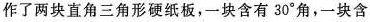
作了两块直角三角形硬纸板，一块含有30^{\circ}角，一块含